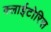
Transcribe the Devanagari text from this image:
क्लाईटोरिस